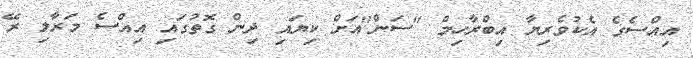
އިއްސެގެ އެކުވެރިޔާ އިބްރާހިމް "ސަން"އަށް ކިޔައި ދިން ގޮތުގައި އިއްސެ މަރާލި ރޭ